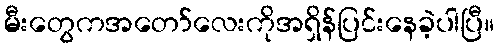
မီးတွေကအတော်လေးကိုအရှိန်ပြင်းနေခဲ့ပါပြီ။